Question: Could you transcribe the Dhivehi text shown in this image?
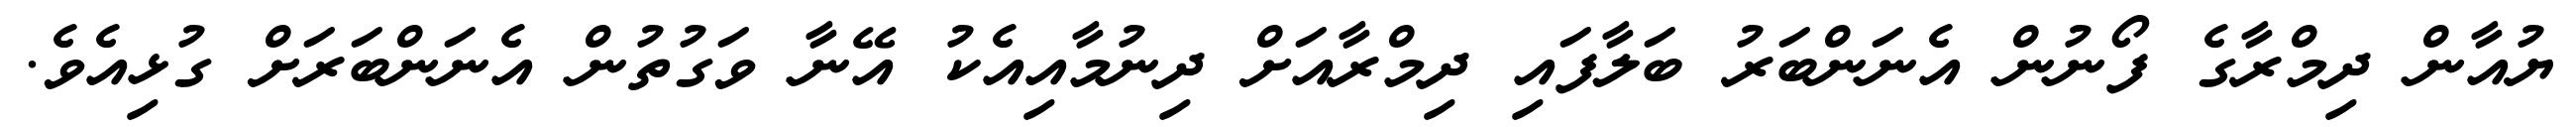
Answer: ޔުއާން ދިމްރާގެ ފޯނުން އެނަންބަރު ބަލާފައި ދިމްރާއަށް ދިނުމާއިއެކު އޭނާ ވަގުތުން އެނަންބަރަށް ގުޅިއެވެ.